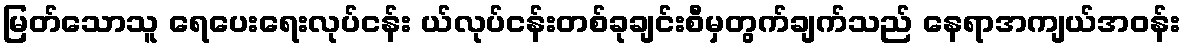
မြတ်သောသူ ရေပေးရေးလုပ်ငန်း ယ်လုပ်ငန်းတစ်ခုချင်းစီမှတွက်ချက်သည် နေရာအကျယ်အဝန်း